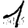
Digit: 1